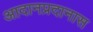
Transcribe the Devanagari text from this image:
आदानप्रदानास